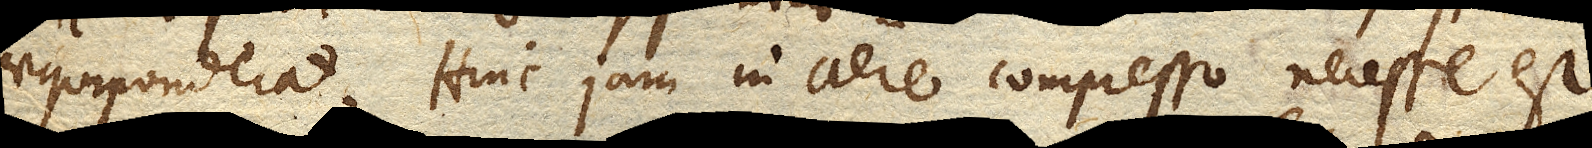
aequiponderat. Hinc jam in aere compresso necesse est